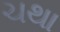
ચથા